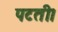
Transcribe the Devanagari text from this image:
पटती।